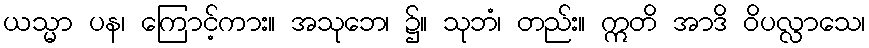
ယသ္မာ ပန၊ ကြောင့်ကား။ အသုဘေ၊ ၌။ သုဘံ၊ တည်း။ ဣတိ အာဒိ ဝိပလ္လာသေ၊